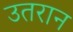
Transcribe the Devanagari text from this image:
उतरान